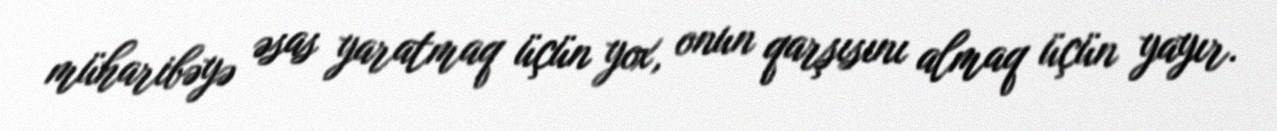
müharibəyə əsas yaratmaq üçün yox, onun qarşısını almaq üçün yayır.